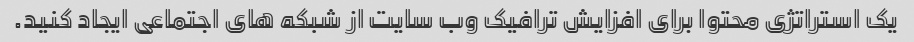
یک استراتژی محتوا برای افزایش ترافیک وب سایت از شبکه های اجتماعی ایجاد کنید.